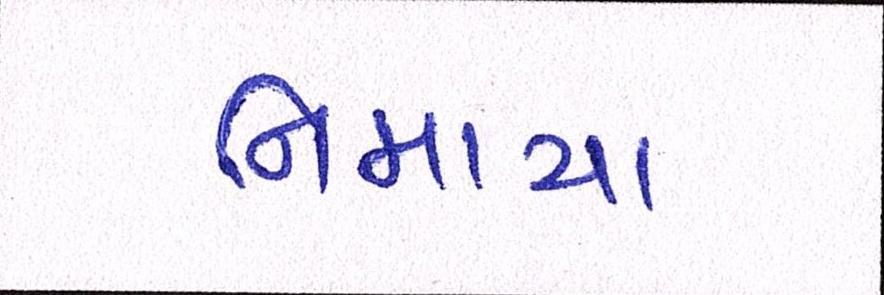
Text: નિમાયા